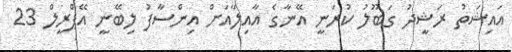
އައިޝަތު ރަޝީދު ގަބޫލު ކުރަނީ އޭނާގެ އާއިލާއަށް އިންސާފު ލިބޭނީ އޭޕްރީލް 23